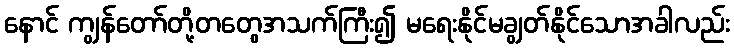
နောင် ကျွန်တော်တို့တတွေအသက်ကြီး၍ မရေးနိုင်မချွတ်နိုင်သောအခါလည်း